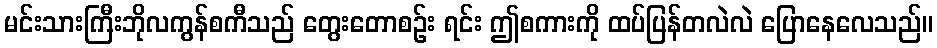
မင်းသားကြီးဘိုလကွန်စကီသည် တွေးတောစဉ်း ရင်း ဤစကားကို ထပ်ပြန်တလဲလဲ ပြောနေလေသည်။